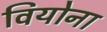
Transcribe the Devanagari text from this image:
वियोना